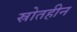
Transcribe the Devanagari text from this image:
स्रोतहीन